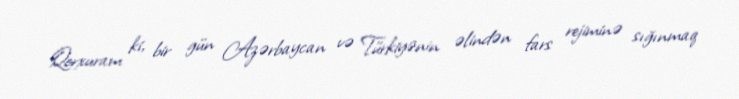
Qorxuram ki, bir gün Azərbaycan və Türkiyənin əlindən fars rejiminə sığınmaq